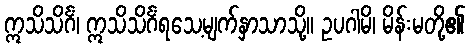
ဣသိသိင်္ဂံ၊ ဣသိသိင်္ဂံရသေ့မျက်နှာသာသို့။ ဥပဂါမိ၊ မိန်းမတို့၏